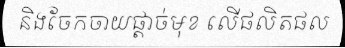
និងចែកចាយផ្តាច់មុខ លើផលិតផល